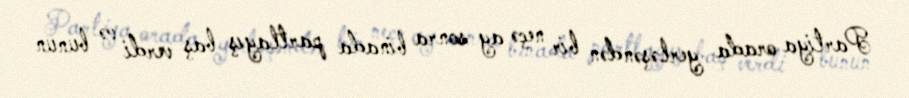
Partiya orada yerləşəndən bir neçə ay sonra binada partlayış baş verdi və bunun